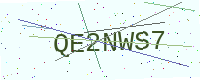
Text: QE2NWS7